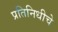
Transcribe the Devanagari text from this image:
प्रतिनिधीचे